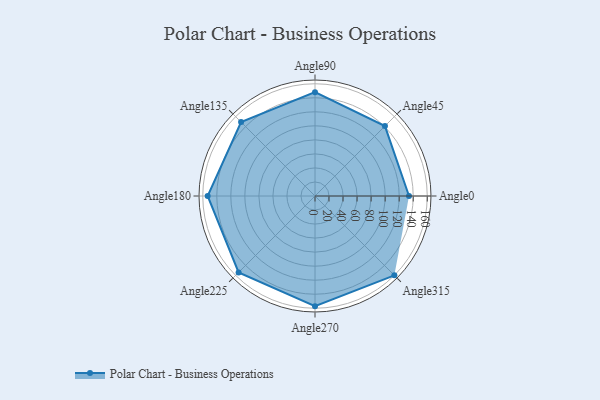
{"axis": {"x": "Angle", "y": "Radius"}, "legend": [""], "data": [{"x": "Angle0", "y": 134.0, "type": ""}, {"x": "Angle45", "y": 141.0, "type": ""}, {"x": "Angle90", "y": 148.0, "type": ""}, {"x": "Angle135", "y": 149.0, "type": ""}, {"x": "Angle180", "y": 153.0, "type": ""}, {"x": "Angle225", "y": 154.0, "type": ""}, {"x": "Angle270", "y": 157.0, "type": ""}, {"x": "Angle315", "y": 160.0, "type": ""}]}